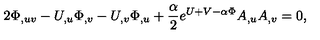
2 \Phi _ { , u v } - U _ { , u } \Phi _ { , v } - U _ { , v } \Phi _ { , u } + { \frac { \alpha } { 2 } } e ^ { U + V - \alpha \Phi } A _ { , u } A _ { , v } = 0 ,